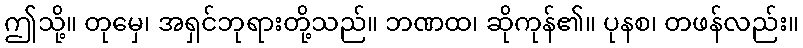
ဤသို့။ တုမှေ၊ အရှင်ဘုရားတို့သည်။ ဘဏထ၊ ဆိုကုန်၏။ ပုနစ၊ တဖန်လည်း။